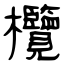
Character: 欖